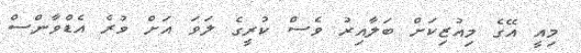
މިއީ އޭގެ މިއުޒިކަށް ބަލާއިރު ވެސް ކުރީގެ ލަވަ އަށް ވުރެ އެޑްވާންސް